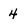
Character: 4